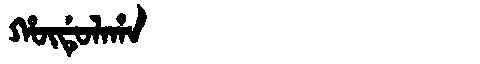
Manchu: ᡥᡡᡩᡠᠯᠠᡥᠠ
Romanization: HŪDULAHA